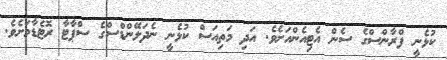
ކުޅެނީ ފްރާންސްގެ ސެން އެޓިއެންއަށެވެ. އަދި މަތިއަސް ކުޅެނީ ނެދަލޭންޑްސްގެ ސްޕާޓާ ރޮޓެޑާމަށެވެ.